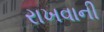
રાખવાની